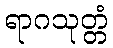
ရာဂသုတ္တံ